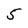
Character: 5